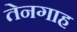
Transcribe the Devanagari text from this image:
तेनगाह